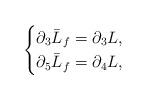
LaTeX: \begin{align*}\begin{cases}\partial_{3}\bar{L}_{f}=\partial_{3} L,\\\partial_{5}\bar{L}_{f}=\partial_{4} L,\end{cases}\end{align*}